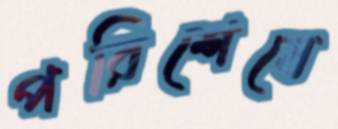
পরিশেষে